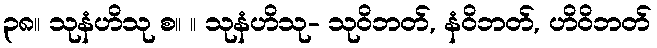
၃၈။ သုနံဟိသု စ။ ။ သုနံဟိသု- သုဝိဘတ်, နံဝိဘတ်, ဟိဝိဘတ်